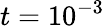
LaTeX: t=10^{-3}